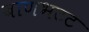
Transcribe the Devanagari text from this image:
बाणभटट